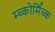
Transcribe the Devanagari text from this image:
म्च्कोर्मिच्क